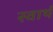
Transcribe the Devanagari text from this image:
स्‍वार्थ